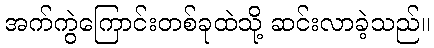
အက်ကွဲကြောင်းတစ်ခုထဲသို့ ဆင်းလာခဲ့သည်။